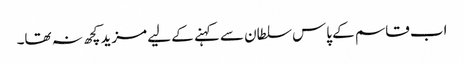
اب قاسم کے پاس سلطان سے کہنے کے لیے مزید کچھ نہ تھا۔